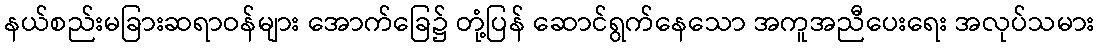
နယ်စည်းမခြားဆရာဝန်များ အောက်ခြေ၌ တုံ့ပြန် ဆောင်ရွက်နေသော အကူအညီပေးရေး အလုပ်သမား